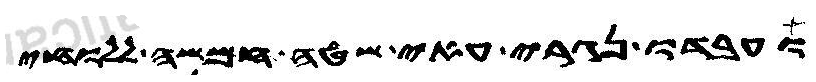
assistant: ועבדו נגרי עאי שטה חמשה ללוחי